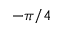
- \pi / 4